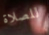
للصلاة